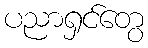
ပညာရှင်တွေ